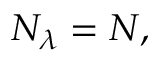
N _ { \lambda } = N ,